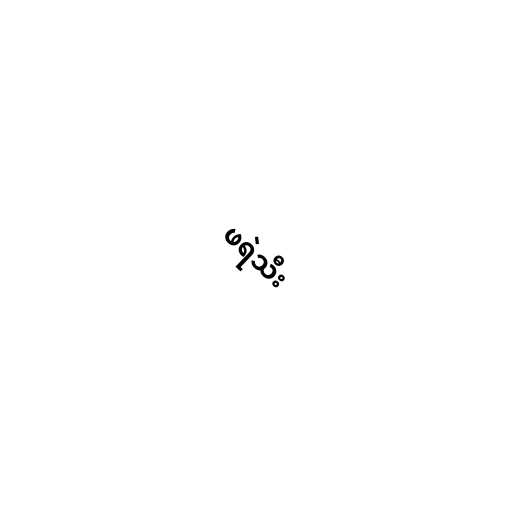
ဖရဲသီး